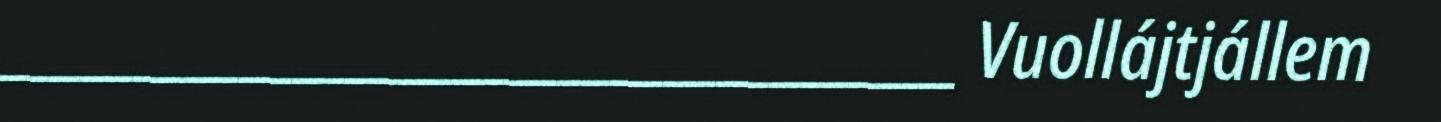
____________________________________ Vuollájtjállem